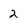
Character: 2